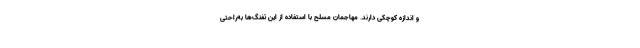
و اندازه کوچکی دارند. مهاجمان مسلح با استفاده از این تفنگ‌ها به‌راحتی